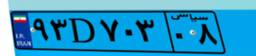
۹۳D۷۰۳۰۸